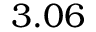
3 . 0 6